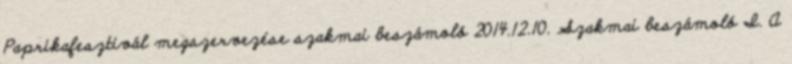
Paprikafesztivál megszervezése szakmai beszámoló 2014.12.10. Szakmai beszámoló I. A